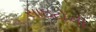
સાઇટોની